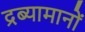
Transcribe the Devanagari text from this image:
द्रब्यामानों